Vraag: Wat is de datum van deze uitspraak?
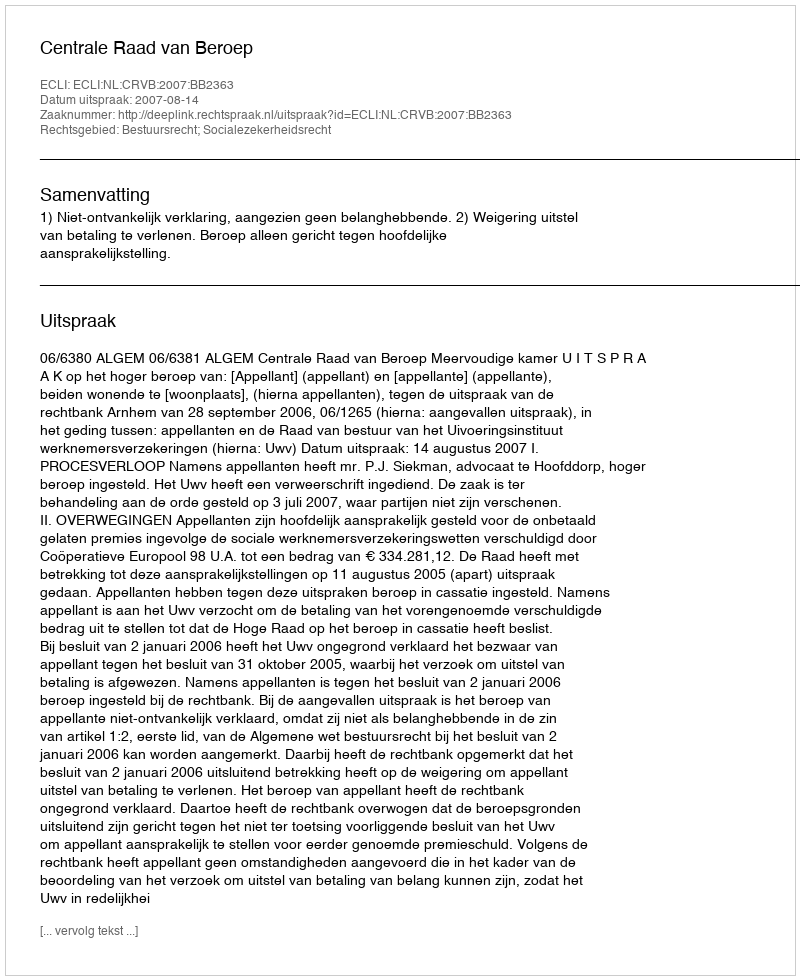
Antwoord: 2007-08-14